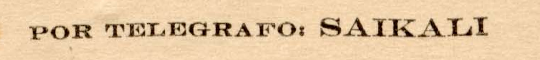
POR TELEGRAFO: SAIKALI